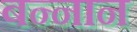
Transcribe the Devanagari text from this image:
बन्नान